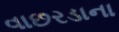
વાછરડાના